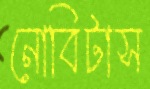
নোবিটাস